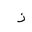
Letter: _zay